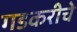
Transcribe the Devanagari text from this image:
गडकरीचे